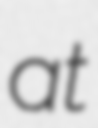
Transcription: at